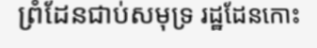
ព្រំដែនជាប់សមុទ្រ រដ្ឋដែនកោះ